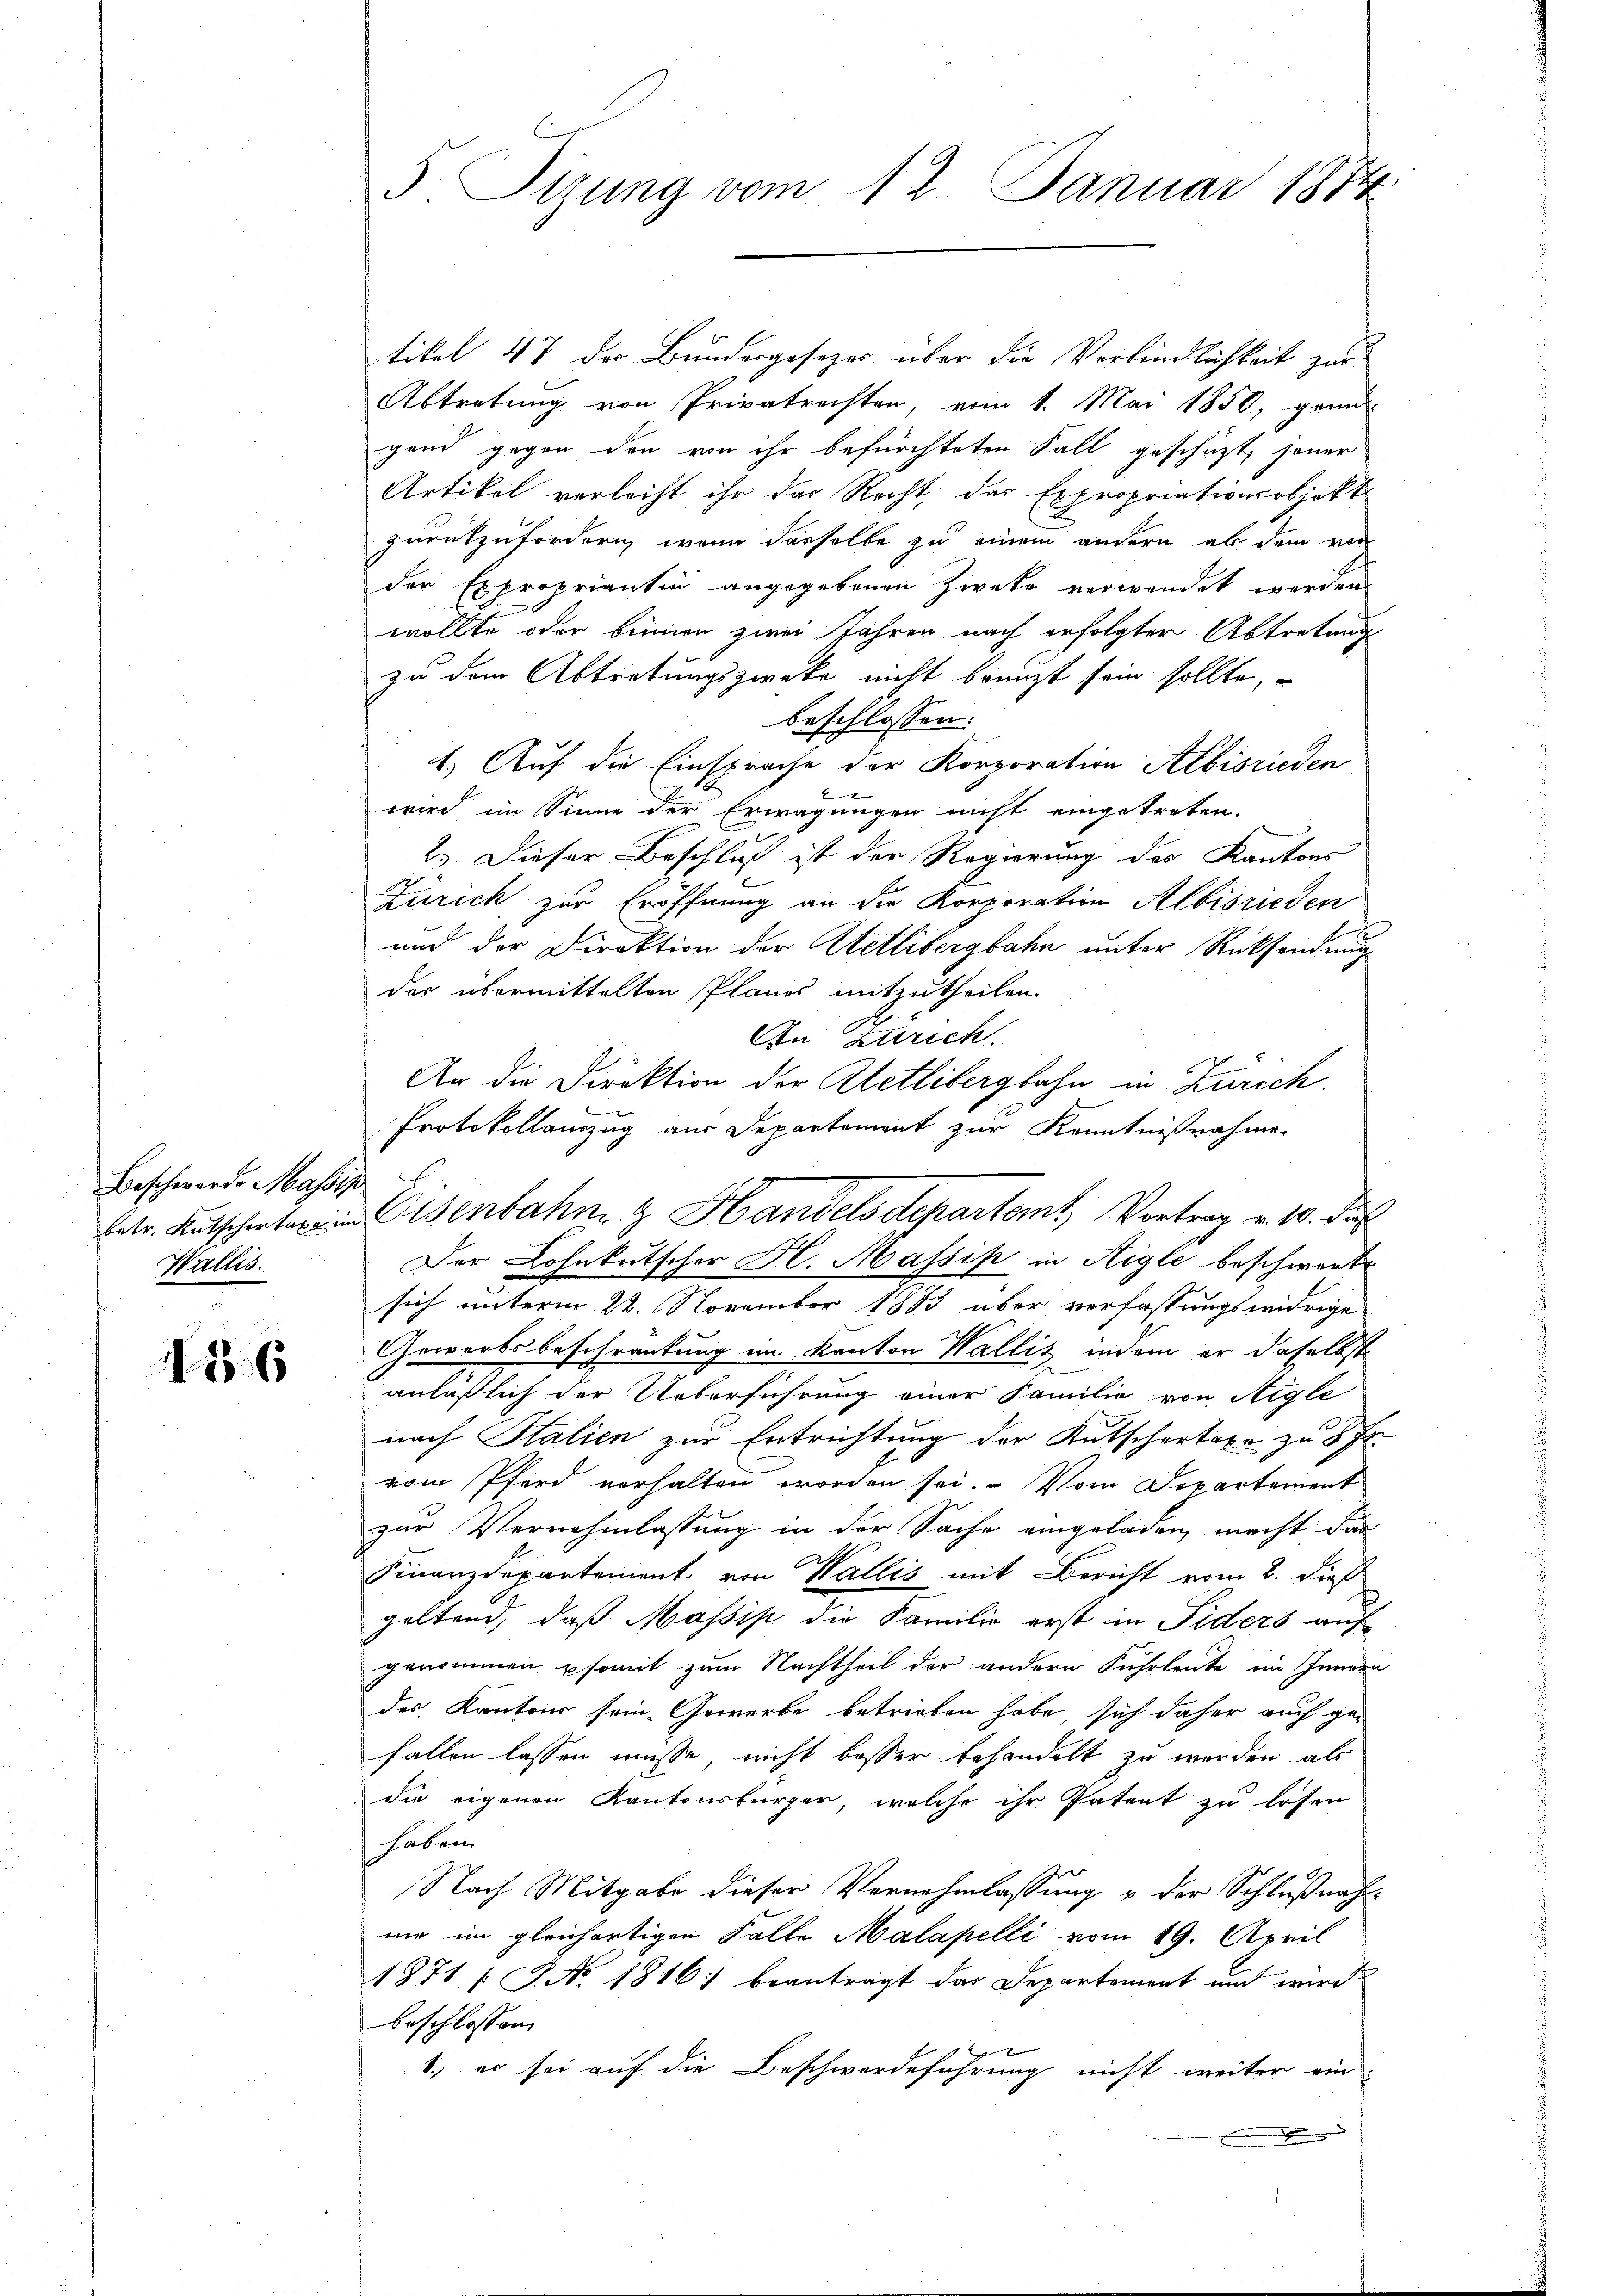
Beschwerde Massis
betr. Rutschertaxe im
Wallis.

136

5 Sitzung vom 12. Januar 1874

tikel 47 der Bundergesezes über die Verbindlichkeit zur
Abtretung von Privatrechten, vom 1. Mai 1850, grund-
gend gegen den von ihr befürchteten Fall geschäzt, jener
Artikel verleiht ihr das Recht, das Expropriationsobjekt
zurükzufordern, wenn dasselbe zu einem andern ab dem von
der Expropriantin angegebenen Zweke verwendet werden.
wollte oder binnen zwei Jahren nach erfolgter Abtretung
zu dem Abtretungszweke nicht benuzt sein sollte,
beschlossen:
1.) Auf die Einsprache der Korporation Albisrieden
G
wird im Sinne der Erwägungen nicht eingetreten.
2.) Dieser Beschluß ist der Regierung des Kantons
Zürich zur Eröffnung an die Korporation Albisrieden
und der Direktion der Wetlibergbahn unter Rücksendung
der übermittelten Planes mitzutheilen.
An Zürich.
An die Direktion der Hetlibergbahn in Zürich.
Protokollauszug aus Departement zur Kenntnißnahme
Der Lohnkutscher H. Massip in Aigle beschwerte
sich unterm 22. November 1883 über verfassungswidrige
Gewerbsbeschränkung im Kanton Wallis, indem er daselbst
anläßlich der Ueberführung einer Familie von Aigle
nach Stalien zur Entrichtung der Kutschertaxe zu 8 Fr.
vom Pferd verhalten worden sei. Vom Departement
zur Vernehmlassung in der Sache eingeladen, macht das
Finanzdepartement von Wallis mit Bericht vom 2. dieß
geltend, daß Massis die Familie erst in Fiders auf
genommen psomit zum Nachtheil der andern Fuhrleute im Innern
des Kantons seine Gewerbe betrieben habe, sich daher auch gefallen lassen müsse, nicht besser behandelt zu werden, als
die eigenen Kantonsbürger, welche ihr Patent zu lösen
haben
Nach Mitgabe dieser Vernehmlassung & der Schlußnahnie im gleichartigen Falle Malapelli vom 19. April
1871 [J. No. 1816) beanträgt das Departement und wird
beschlossen
x
1., er sei auf die Beschwerdeführung nicht weiter ein

Eisenbahn & Handelsdepartamt Vortrag v. 10. dur